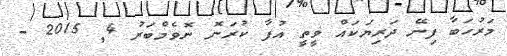
މަރުހަބާ ފިނޭ ދަރިޔަކައް ވީތީ އުފާ ކުރަނޮ ނޮވެމްބަރު 4